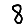
Digit: 8